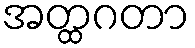
အတ္ထဂတာ